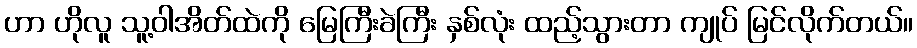
ဟာ ဟိုလူ သူ့ဝါအိတ်ထဲကို မြေကြီးခဲကြီး နှစ်လုံး ထည့်သွားတာ ကျုပ် မြင်လိုက်တယ်။